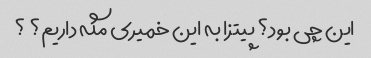
این چی بود؟ پیتزا به این خمیری مگه داریم؟ ؟